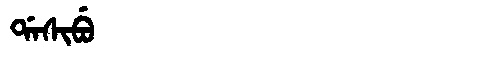
Manchu: ᡩᠠᠰᡳᠪᡠ
Romanization: DASIBU